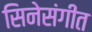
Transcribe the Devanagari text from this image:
सिनेसंगीत